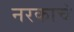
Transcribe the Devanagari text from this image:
नरकाचे